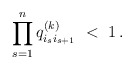
\begin{align*}\prod_{s=1}^{n} q^{(k)}_{i_{s}i_{s+1}} \ < \ 1 \, .\end{align*}